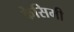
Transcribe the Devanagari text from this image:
केसिमी